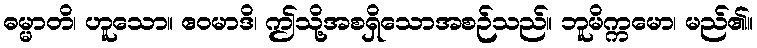
ဓမ္မာတိ၊ ဟူသော။ ဧဝမာဒိ၊ ဤသို့အစရှိသောအစဉ်သည်။ ဘူမိက္ကမော၊ မည်၏။